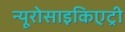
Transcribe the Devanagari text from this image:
न्यूरोसाइकिएट्री